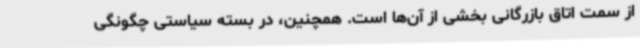
از سمت اتاق بازرگانی بخشی از آن‌ها است. همچنین، در بسته سیاستی چگونگی